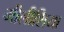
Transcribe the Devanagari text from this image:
मीलीशिया